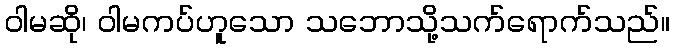
ဝါမဆို၊ ဝါမကပ်ဟူသော သဘောသို့သက်ရောက်သည်။